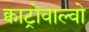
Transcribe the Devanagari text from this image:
क्वाट्रोवाल्वो